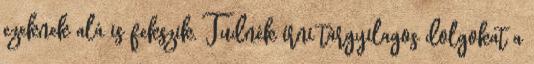
ezeknek alá is fekszik. Tudnék írni tárgyilagos dolgokat a